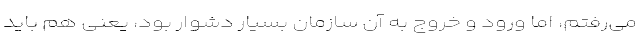
می‌رفتم، اما ورود و خروج به آن سازمان بسیار دشوار بود، یعنی هم باید